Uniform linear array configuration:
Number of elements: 24
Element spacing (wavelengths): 0.5
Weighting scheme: hann
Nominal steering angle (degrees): -15
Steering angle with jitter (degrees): -16.112
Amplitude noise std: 0.05
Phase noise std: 0.05

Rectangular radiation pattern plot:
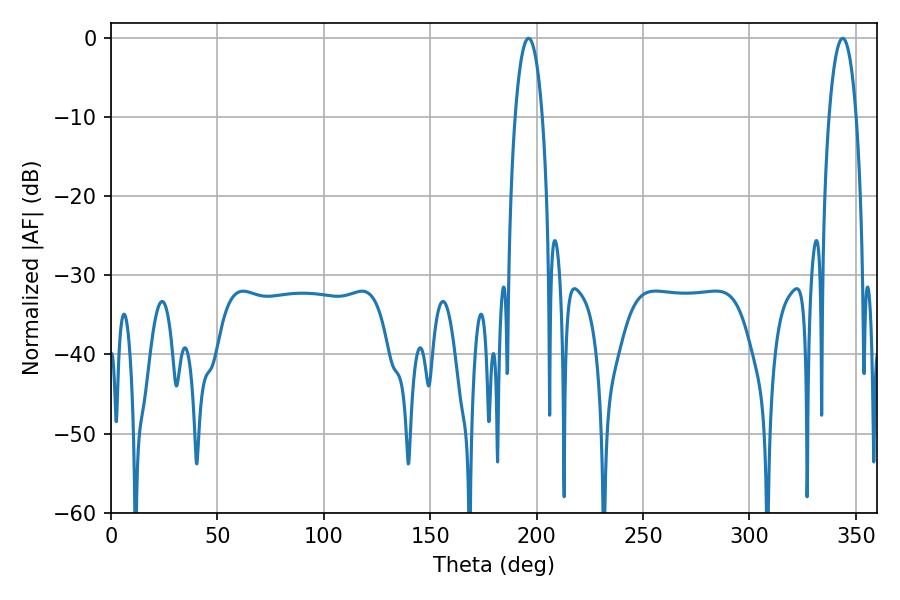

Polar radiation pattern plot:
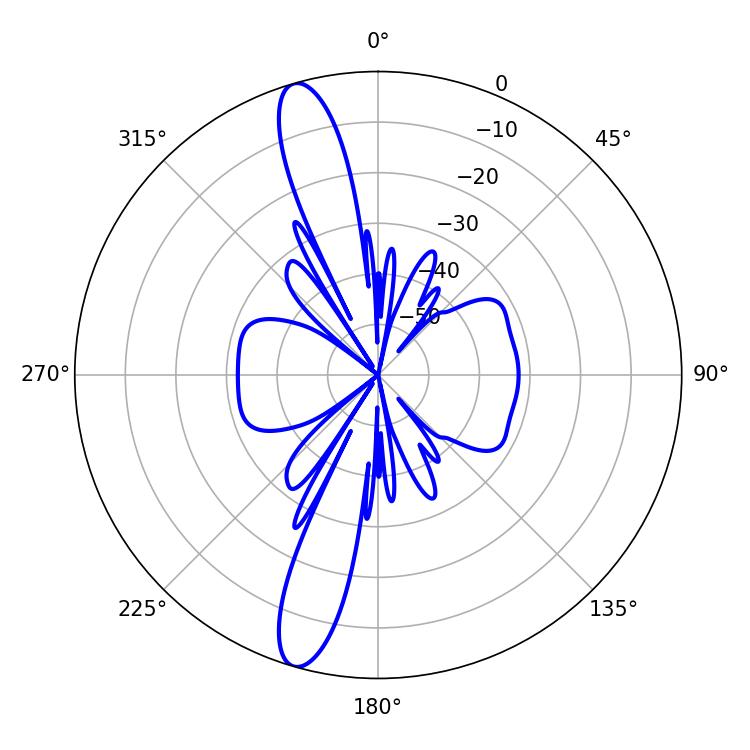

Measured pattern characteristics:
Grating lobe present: FALSE
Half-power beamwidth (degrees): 7.2
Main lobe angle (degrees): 196.2